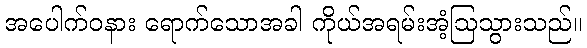
အပေါက်ဝနား ရောက်သောအခါ ကိုယ်အရမ်းအံ့ဩသွားသည်။